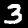
Label: 3